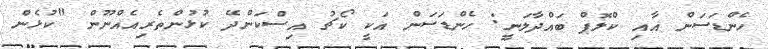
ހެންޑަސަން އާއި ކްލޮޕް ބައްދާލަނީ: ހެންޑަސަން އަކީ ކޯޗު އިސްކަންދޭ ކުޅުންތެރިއެއްނޫން "ކުޅެން